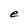
Character: e